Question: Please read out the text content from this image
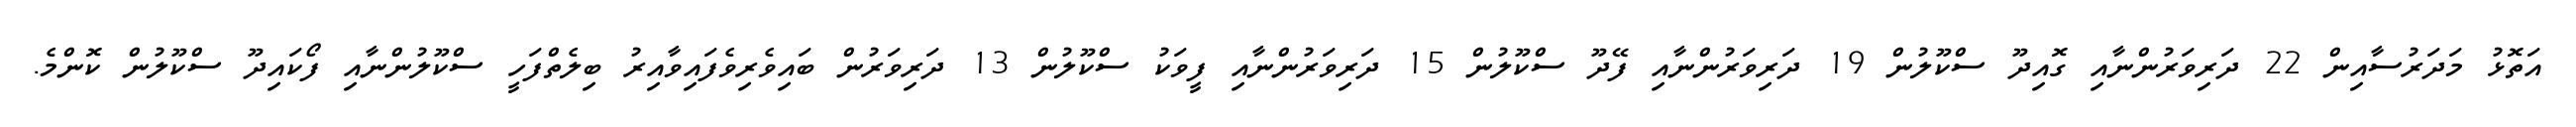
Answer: އަތޮޅު މަދަރުސާއިން 22 ދަރިވަރުންނާއި ގޮއިދޫ ސްކޫލުން 19 ދަރިވަރުންނާއި ފޭދޫ ސްކޫލުން 15 ދަރިވަރުންނާއި ފީވަކު ސްކޫލުން 13 ދަރިވަރުން ބައިވެރިވެފައިވާއިރު ބިލެތްފަހީ ސްކޫލުންނާއި ފޯކައިދޫ ސްކޫލުން ކޮންމެ.